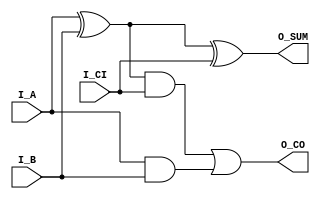
/* 
 * Full Adder
 * Copyright (C) 2020, Jaeseok Heo (jseok.heo@gmail.com)
 * 
 * Description: 1-bit Full Adder
 * History:              
 *          2020.11.29 - Initial release
 */

module F_ADD
(
     input I_A
    ,input I_B
    ,input I_CI     // Carry In

    ,output O_SUM
    ,output O_CO    // Carry Out
);

    wire w_a_xor_b = I_A ^ I_B;
			
    assign O_SUM = w_a_xor_b ^ I_CI;
    assign O_CO = (w_a_xor_b & I_CI) | (I_A & I_B); 

endmodule